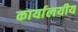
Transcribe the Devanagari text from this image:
कार्यालयीय